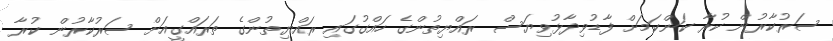
ސަރުކާރުން ކުރާ ކަންކަމަށް ފާޑުވިދާޅުވިޔަސް ރައްޔިތުންގެ ހައްގުގައި ރައްޔިތުންގެ ތަރައްގީއަށް ސަރުކާރުން ކުރާ